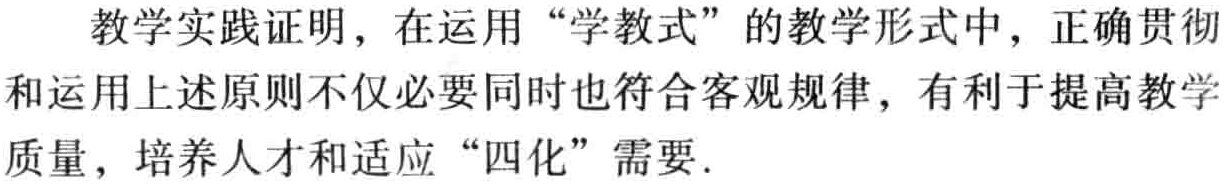
教学实践证明，在运用“学教式”的教学形式中，正确贯彻和运用上述原则不仅必要同时也符合客观规律，有利于提高教学质量，培养人才和适应“四化”需要.